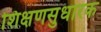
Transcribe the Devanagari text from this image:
शिक्षणसुधारक